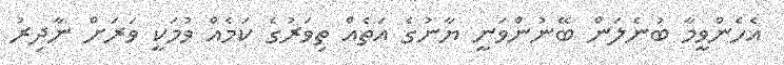
އެހެންވީމާ ބުނެލަން ބޭނުންވަނީ ޔާނުގެ އަތެއް ތިވަރުގެ ކަމެއް ވުމަކީ ވަރަށް ނާދިރު